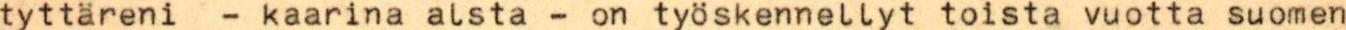
tyttäreni - kaarina alsta - on työskennellyt toista vuotta suomen